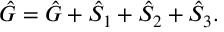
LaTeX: \hat { \cal G } = \hat { G } + \hat { S } _ { 1 } + \hat { S } _ { 2 } + \hat { S } _ { 3 } .